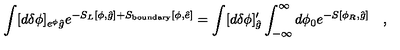
\int [ d \delta \phi ] _ { e ^ { \phi } { \hat { g } } } e ^ { - S _ { L } [ \phi , { \hat { g } } ] + S _ { \mathrm { b o u n d a r y } } [ \phi , { \hat { e } } ] } = \int [ d \delta \phi ] _ { { \hat { g } } } ^ { \prime } \int _ { - \infty } ^ { \infty } d \phi _ { 0 } e ^ { - S [ \phi _ { R } , { \hat { g } } ] } \quad ,